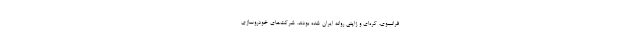
فرانسوی، کره‌ای و ژاپنی روانه ایران شده بودند. شرکت‌های خودروسازی